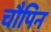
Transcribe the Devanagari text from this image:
चौपिन